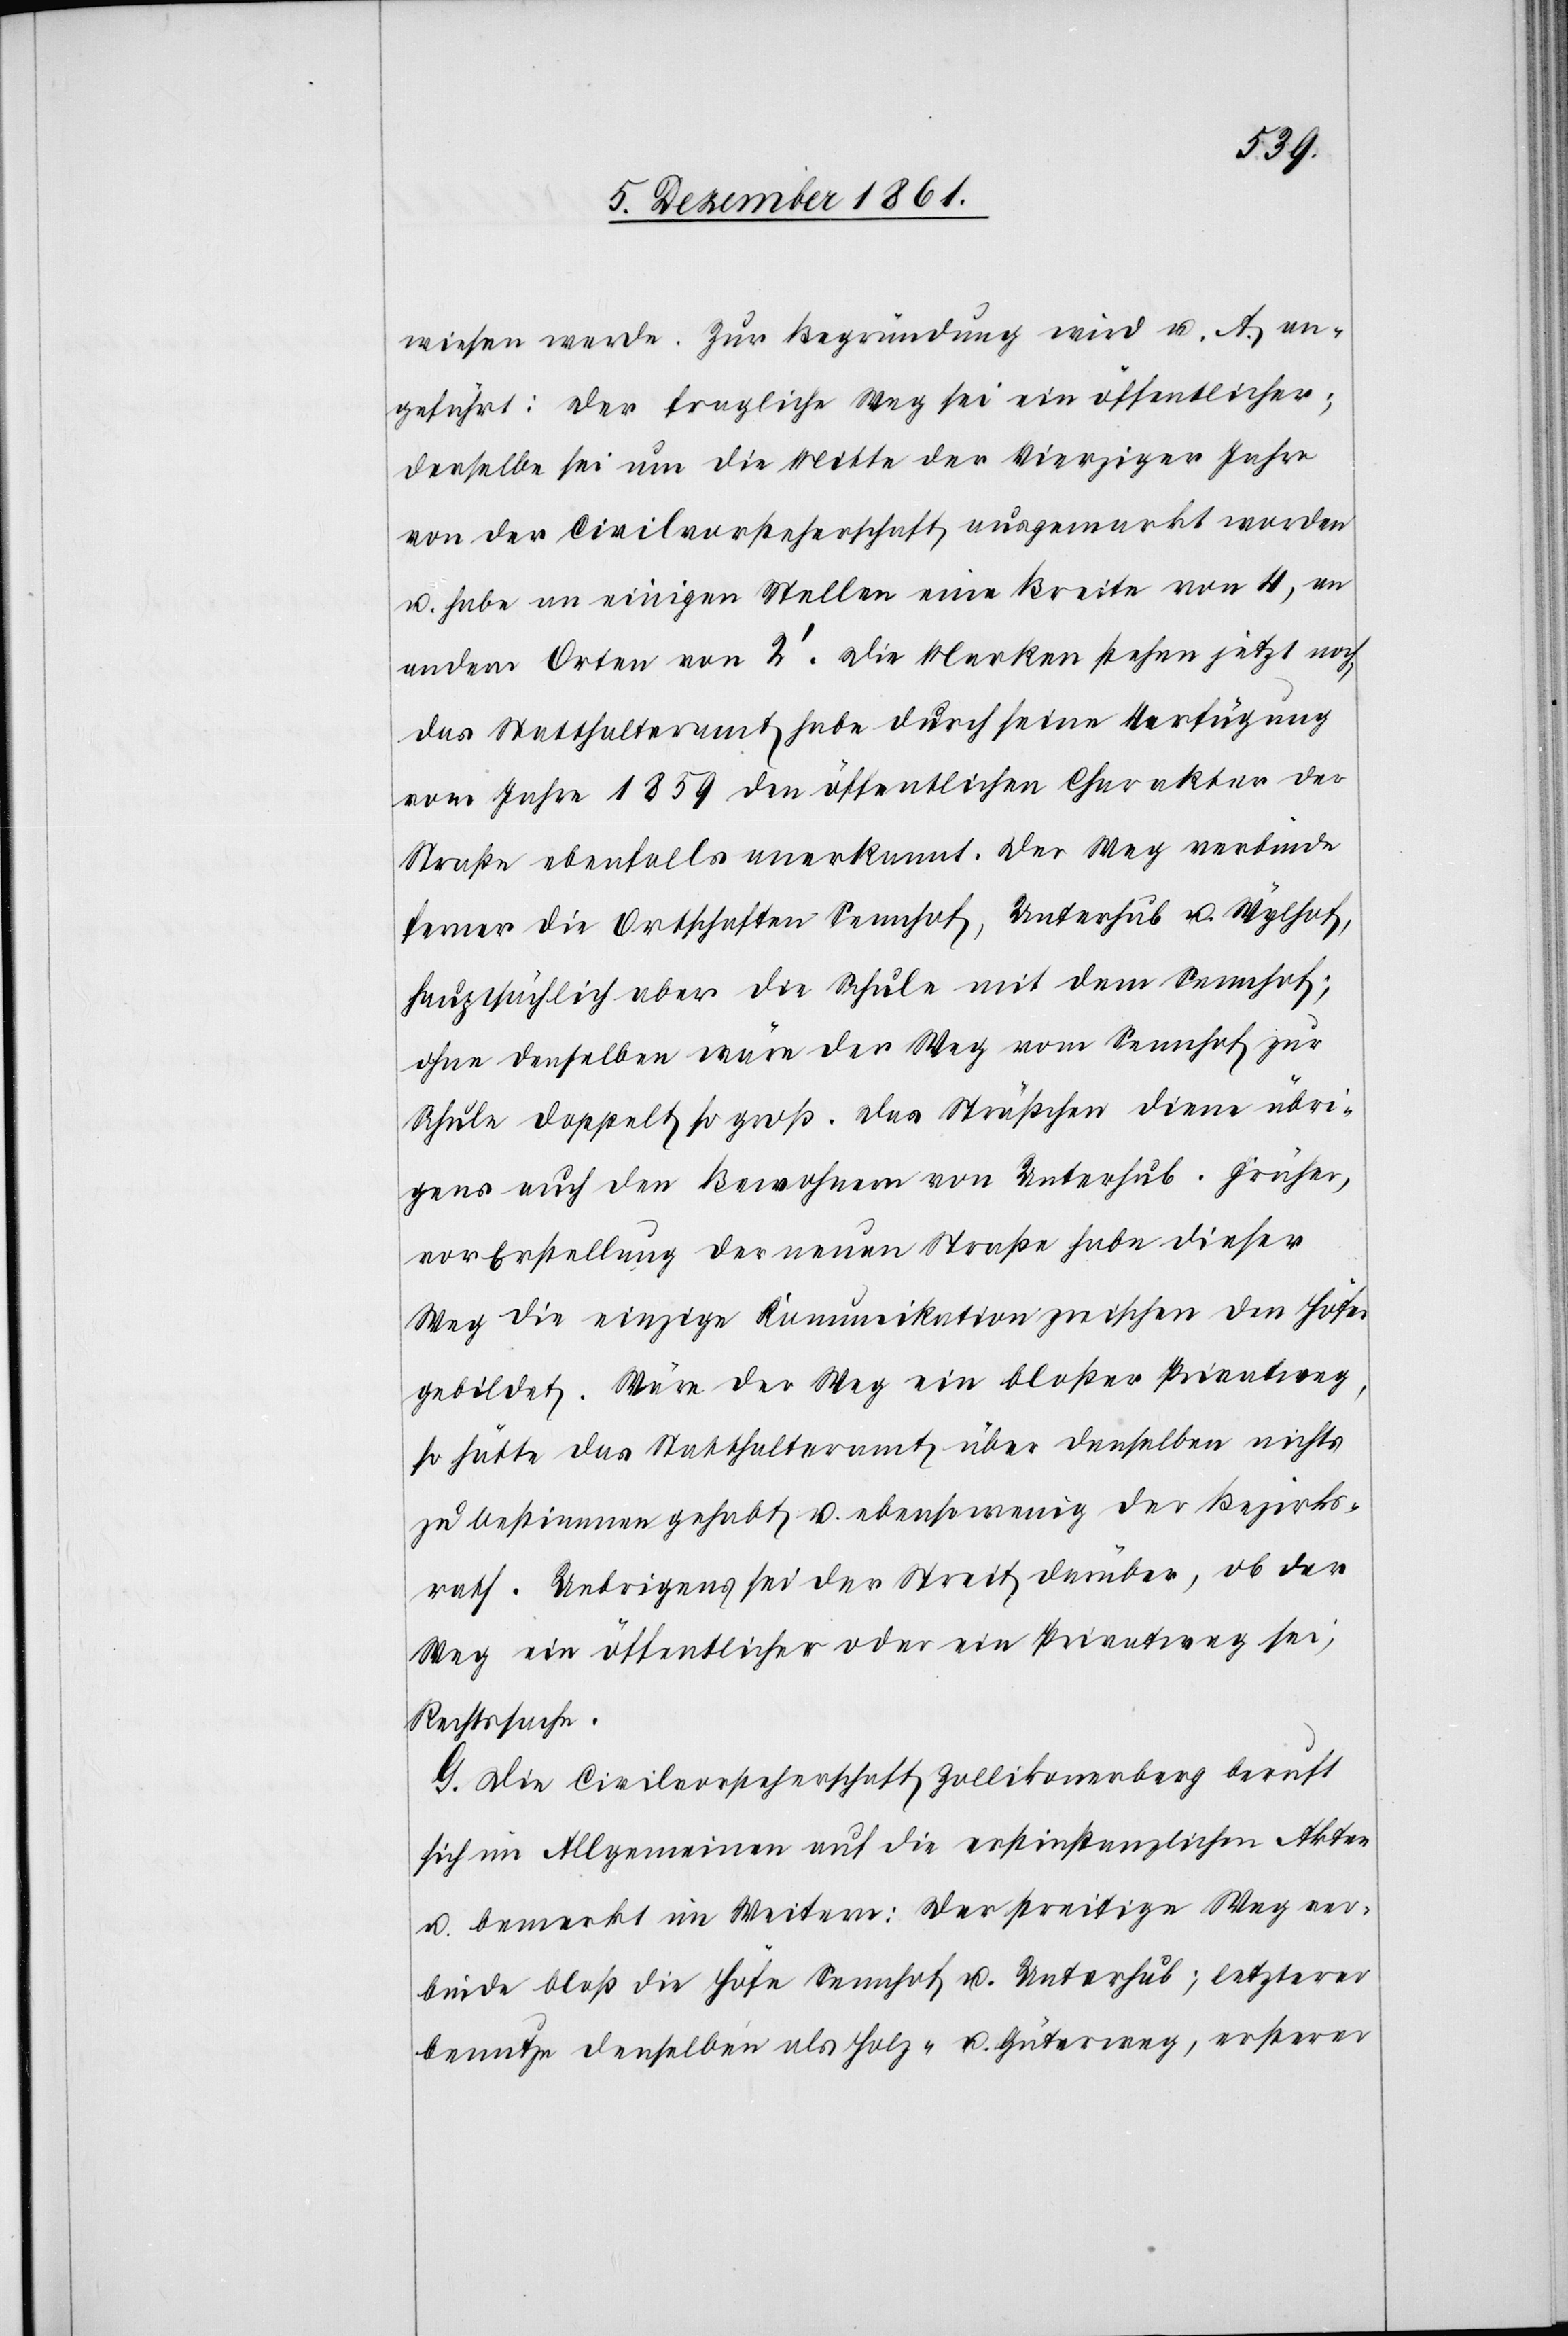
wiesen werde. Zur Begründung wird u. A. an¬
geführt: Der fragliche Weg sei ein öffentlicher;
derselbe sei um die Mitte der Vierziger Jahre
von der Civilvorsteherschaft ausgemarkt worden
u. habe an einigen Stellen eine Breite von 4, an
andern Orten von 2’. Die Marken stehen jetzt noch,
das Statthalteramt habe durch seine Verfügung
vom Jahre 1859 den öffentlichen Charakter der
Straße ebenfalls anerkannt. Der Weg verbinde
ferner die Ortschaften Sennhof, Unterhub u. Wylhof,
hauptsächlich aber die Schule mit dem Sennhof;
ohne denselben wäre der Weg vom Sennhof zur
Schule doppelt so groß. Das Sträßchen diene übri¬
gens auch den Bewohnern von Unterhub. Früher,
vor Erstellung der neuen Straße habe dieser
Weg die einzige Kommunikation zwischen den Höfen
gebildet. Wäre der Weg ein bloßer Privatweg,
so hätte das Statthalteramt über denselben nichts
zu bestimmen gehabt u. ebensowenig der Bezirks¬
rath. Uebrigens sei der Streit darüber, ob der
Weg ein öffentlicher oder ein Privatweg sei,
Rechtssache.
G. Die Civilvorsteherschaft Zollikonerberg beruft
sich im Allgemeinen auf die erstinstanzlichen Akten
u. bemerkt im Weitern: Der streitige Weg ver¬
binde bloß die Höfe Sennhof u. Unterhub; letzterer
benutze denselben als Holz- u. Güterweg, ersterer